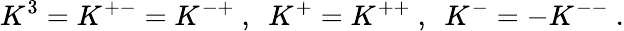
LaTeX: K^{3}=K^{+-}=K^{-+}~,~~K^{+}=K^{++}~,~~K^{-}=-K^{--}~.